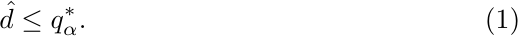
\begin{align}
\label{hd1}
\hat{d}\leq q_\alpha^*.
\end{align}